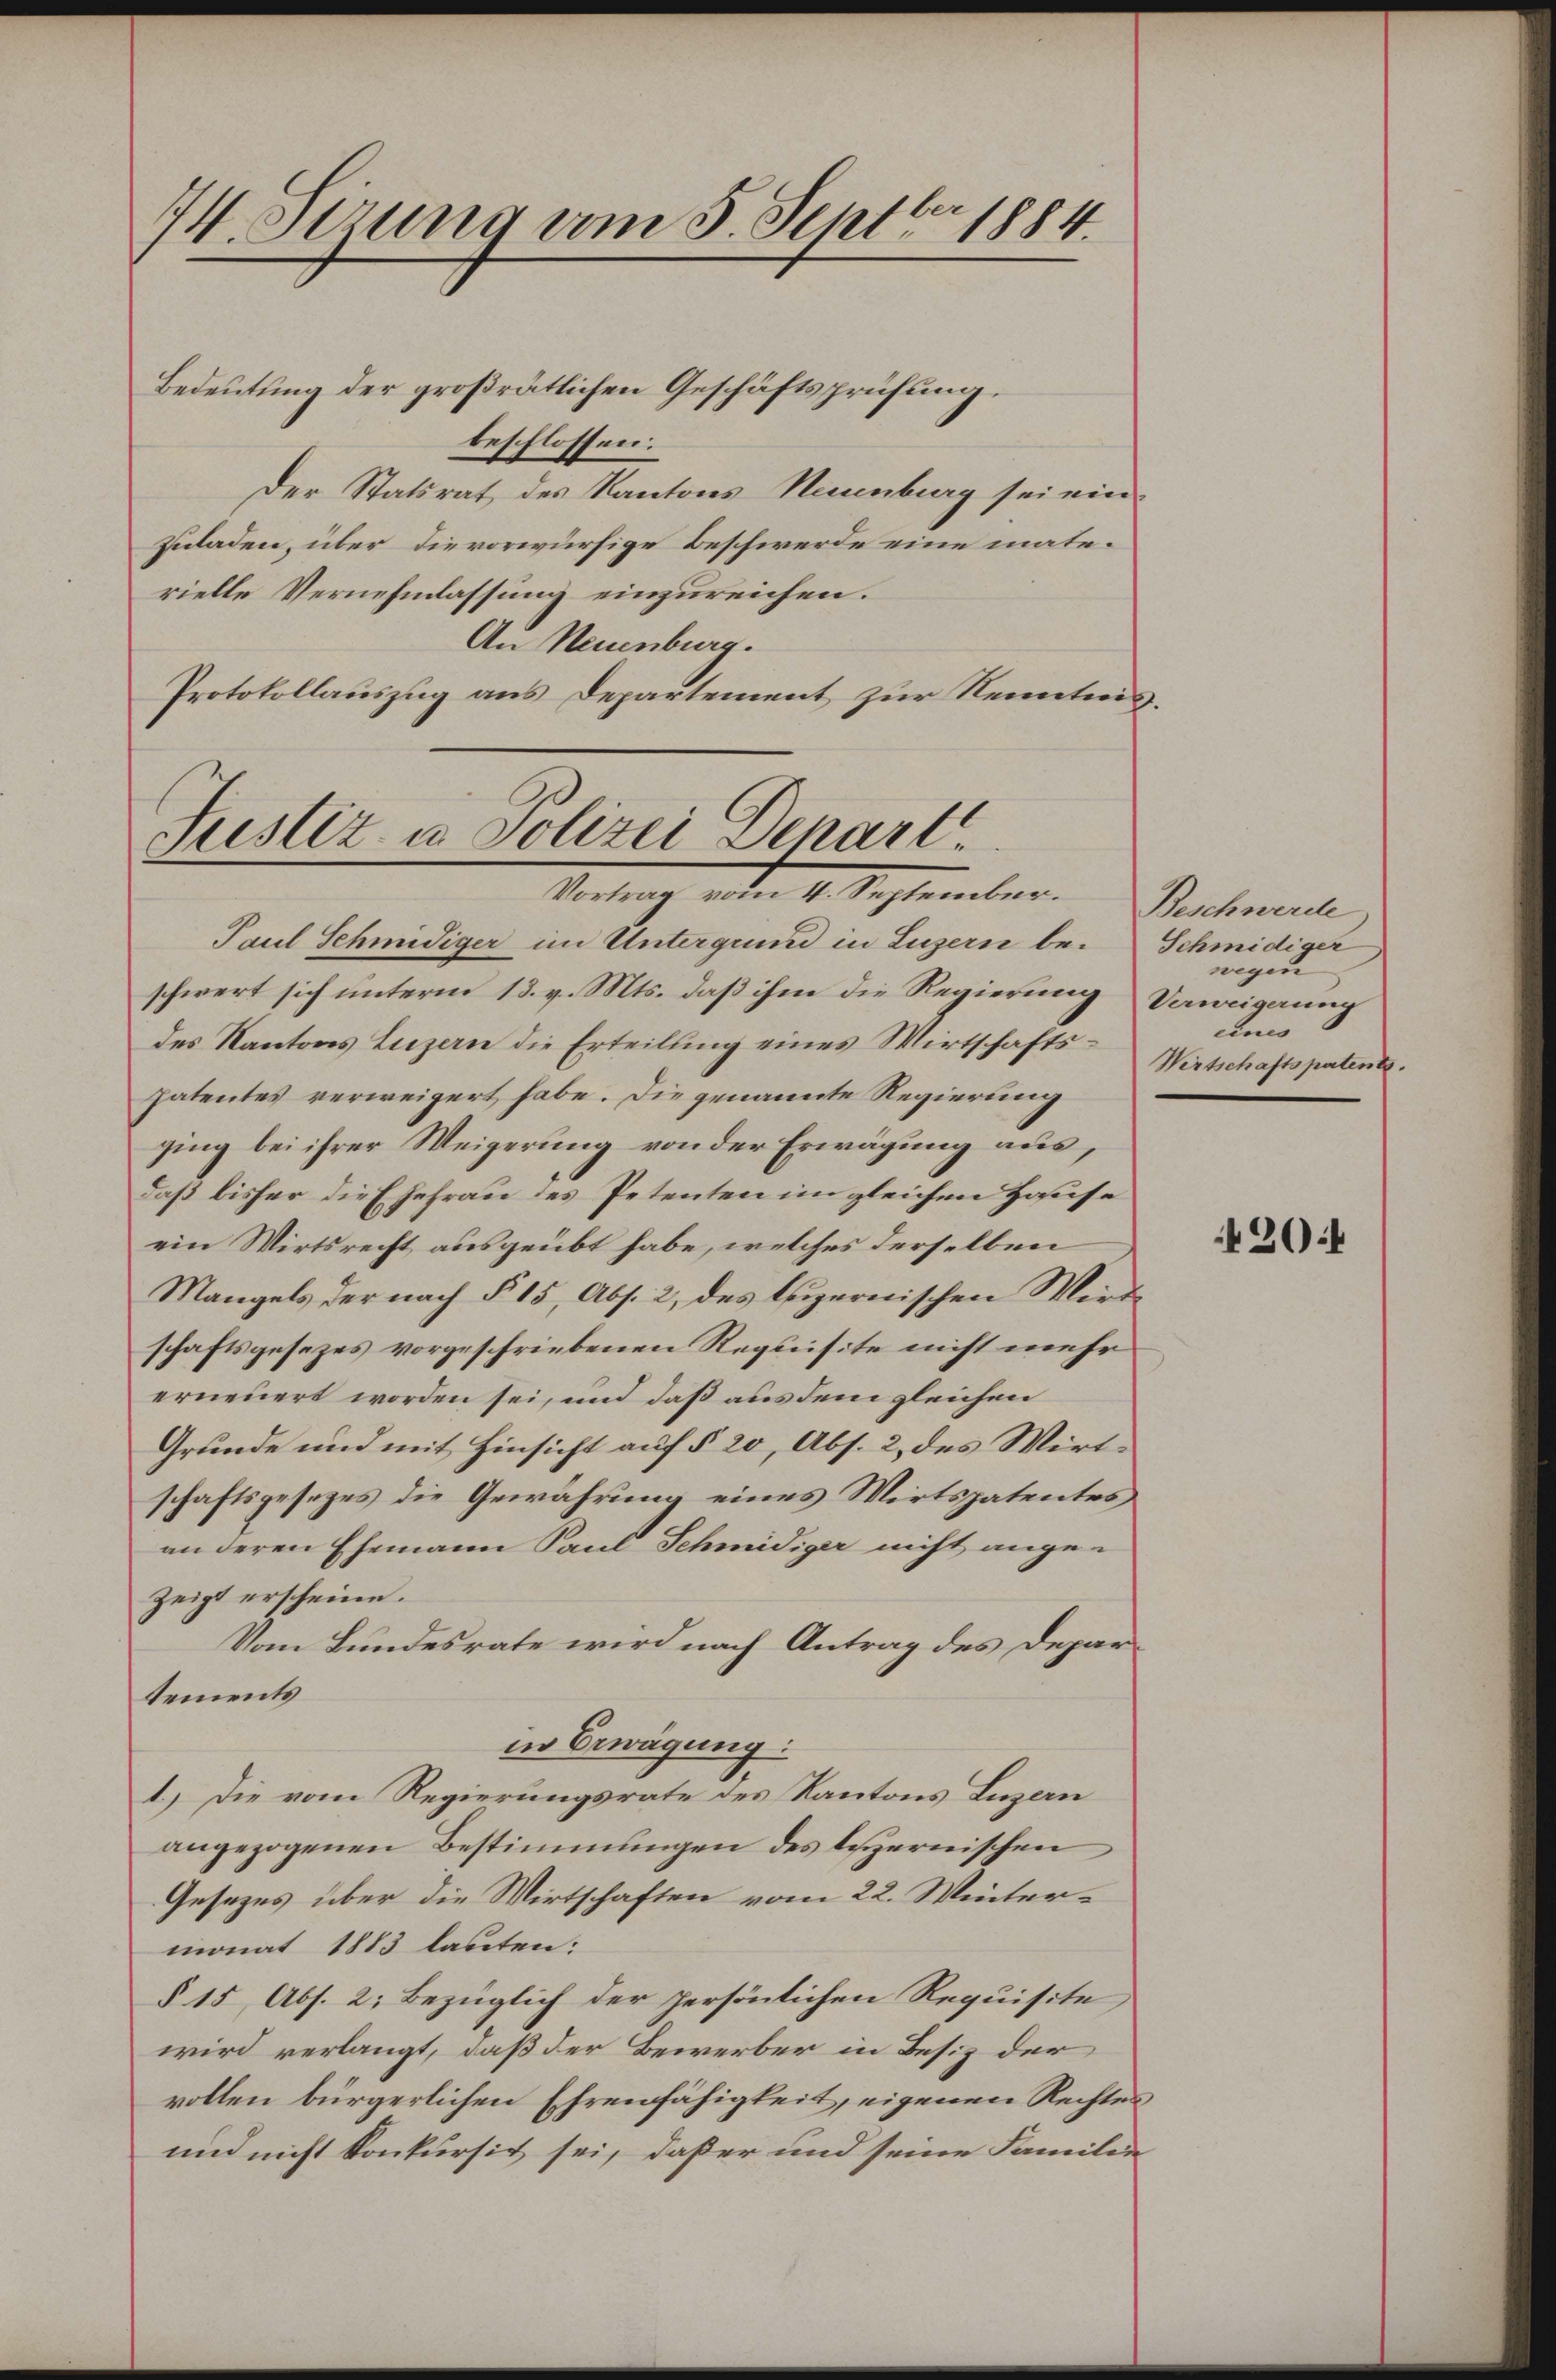
74. Serung vom 5. Sept 1884.

Bedeutung der großrätlichen Geschäftsprüfung.
beschlossen:
Der Statsrat des Kantons Neuenburg sei einzuladen, über die vorwürfige Beschwerde eine materielle Vernehmlassung einzureichen.
An Neuenburg.
Protokollauszug aus Departement zur Kenntnis.

Justiz- u. Polizei Depart.
Vortrag vnder 4. September. Beschemande

Paul Schmidiger im Untergrund in Luzern beschwert sich unterm 13. v. Mts. daß ihm die Regierung Vaweigerung
des Kantons Luzern die Erteilung eines Wirtschaftspatentes verweigert habe. Die genannte Regierung
ging bei ihrer Weigerung von der Erwägung aus,
daß bisher die Ehefrau des Petenten im gleichen Hause
ein Wirtsrecht ausgeübt habe, welches derselben
Mangels der nach § 15, Abs. 2, des luzernischen Wird
schaftsgesezes vorgeschriebenen Requisite nicht mehr
erneuert worden sei, und daß aus dem gleichen
Grunde und mit Hinsicht auf § 20, Abs. 2, des Wirtschaftsgesezes die Gewährung eines Wirtspatentes
an deren Ehemann Paul Schmidiger nicht ange-
zeigt erscheine.
Vom Bundesrate wird nach Antrag des Departements
in Erwägung:
1.) Die vom Regierungsrate des Kantons Luzern
angezogenen Bestimmungen des luzernischen
Gesezes über die Wirtschaften vom 22. Wintermonat 1883 lauten:
§ 15 Abs. 2; bezüglich der persönlichen Requisite,
wird verlangt, daß der Bewerber in Besitz der
vollen bürgerlichen Ehrenfähigkeit, eigenen Rechtes
und nicht konkursit sei, daß er und seine Familie

Schmidiger
wegen
eines
Wirtschaftspatent

204